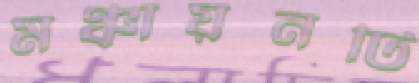
মঞ্চায়নটি